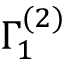
\Gamma _ { 1 } ^ { ( 2 ) }